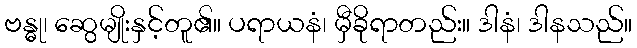
ဗန္ဓု၊ ဆွေမျိုးနှင့်တူ၏။ ပရာယနံ၊ မှီခိုရာတည်း။ ဒါနံ၊ ဒါနသည်။